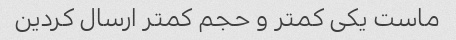
ماست یکی کمتر و حجم کمتر ارسال کردین